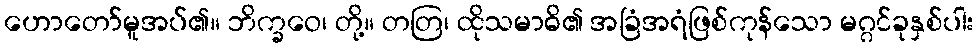
ဟောတော်မူအပ်၏။ ဘိက္ခဝေ၊ တို့။ တတြ၊ ထိုသမာဓိ၏ အခြံအရံဖြစ်ကုန်သော မဂ္ဂင်ခုနှစ်ပါး